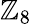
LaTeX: \mathbb{Z}_{8}